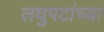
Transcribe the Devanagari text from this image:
लघुपटांच्या